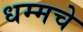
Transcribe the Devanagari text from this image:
धम्मचे